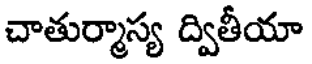
చాతుర్మాస్య ద్వితీయా